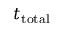
t _ { \mathrm { t o t a l } }